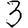
Digit: 3